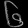
Digit: ၆